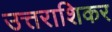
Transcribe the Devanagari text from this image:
उत्तराशिकर